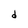
Character: d